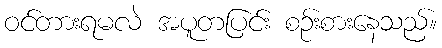
ဝင်တားရမလဲ အပူတပြင်း စဉ်းစားနေသည်။